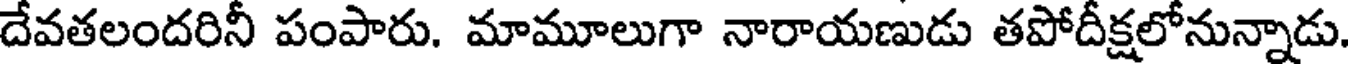
దేవతలందరినీ పంపారు. మామూలుగా నారాయణుడు తపోదీక్షలోనున్నాడు